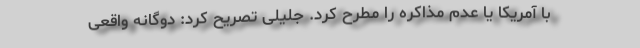
با آمریکا یا عدم مذاکره را مطرح کرد. جلیلی تصریح کرد: دوگانه واقعی